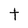
Character: t